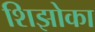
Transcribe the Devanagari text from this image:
शिझोका